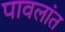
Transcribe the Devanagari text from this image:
पावलांत